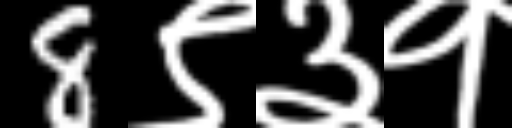
Text: 8९३१